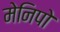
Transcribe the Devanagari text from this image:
मेनिपो